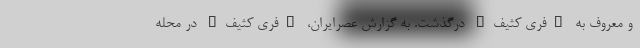
و معروف به "فری کثیف" درگذشت. به گزارش عصرایران، "فری کثیف" در محله